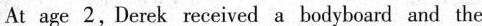
At: age 2, Derek received a bedyboard and the